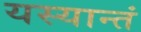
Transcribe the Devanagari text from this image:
यस्यान्तं